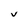
Character: V